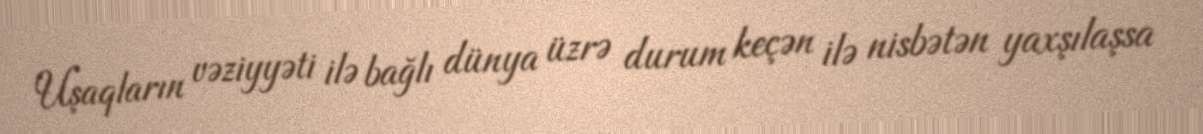
Uşaqların vəziyyəti ilə bağlı dünya üzrə durum keçən ilə nisbətən yaxşılaşsa